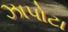
ઝાપોટા